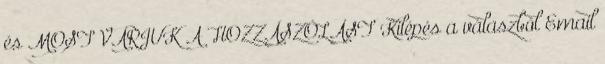
és MOST VÁRJUK A HOZZÁSZÓLÁST Kilépés a válaszból Email